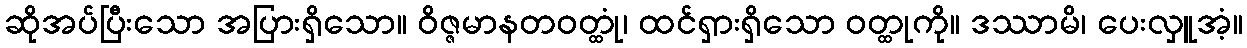
ဆိုအပ်ပြီးသော အပြားရှိသော။ ဝိဇ္ဇမာနတဝတ္ထုံ၊ ထင်ရှားရှိသော ဝတ္ထုကို။ ဒဿာမိ၊ ပေးလှူအံ့။